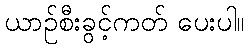
ယာဉ်စီးခွင့်ကတ် ပေးပါ။